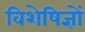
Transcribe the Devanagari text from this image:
विशेषिज्ञों